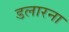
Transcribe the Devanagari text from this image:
डलारना